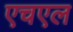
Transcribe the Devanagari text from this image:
एचएल